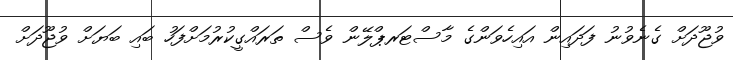
ވުޖޫދަށް ގެނެވުނު ފަދައިން އައިހެވަންގެ މާސްޓަރޕްލޭން ވެސް ތަރައްގީކުރުމަށްފަހު ބައި ބަޔަށް ވުޖޫދަށް